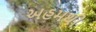
અહમથી